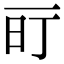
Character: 𬻐